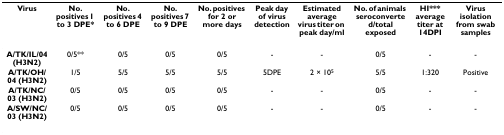
| Virus | No. positives 1 to 3 DPE* | No. positives 4 to 6 DPE | No. positives 7 to 9 DPE | No. positives for 2 or more days | Peak day of virus detection | Estimated average virus titer on peak day/ml | No. of animals seroconverted/total exposed | HI*** average titer at 14DPI | Virus isolation from swab samples |
 | --- | --- | --- | --- | --- | --- | --- | --- | --- | --- |
 | A/TK/IL/04 (H3N2) | 0/5** | 0/5 | 0/5 | 0/5 | - | - | 0/5 | - | - |
 | A/TK/OH/04 (H3N2) | 1/5 | 5/5 | 5/5 | 5/5 | 5DPE | 2 × 105 | 5/5 | 1:320 | Positive |
 | A/TK/NC/03 (H3N2) | 0/5 | 0/5 | 0/5 | 0/5 | - | - | 0/5 | - | - |
 | A/SW/NC/03 (H3N2) | 0/5 | 0/5 | 0/5 | 0/5 | - | - | 0/5 | - | - |